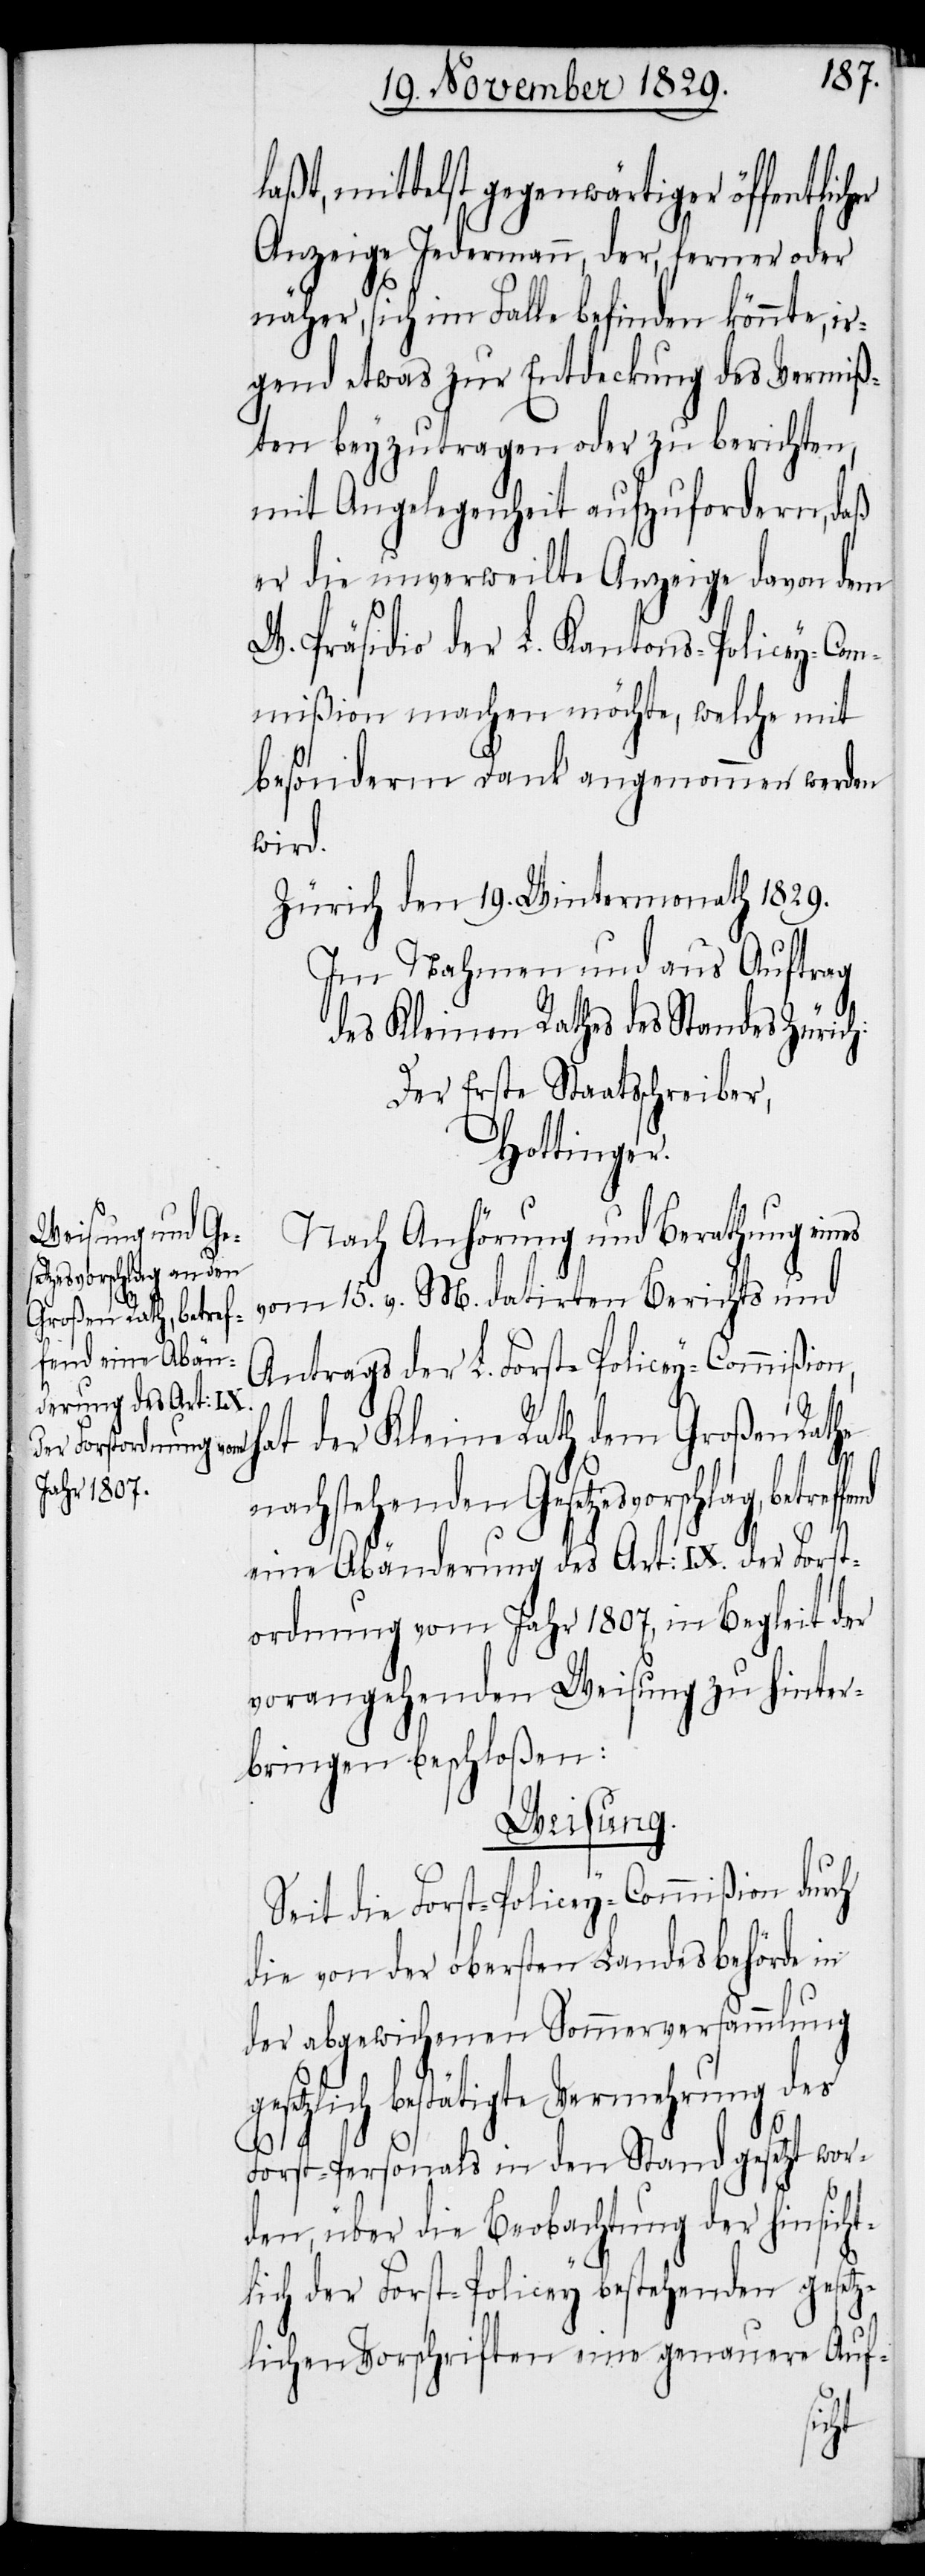
aßt, mittelst gegenwärtiger öffentlic¬
Anzeige Jedermann, der, ferner oder
näher, sich im Falle befinden könnte, ir¬
gend etwas zur Entdeckung des Vermiß¬
ten beyzutragen oder zu berichten,
mit Angelegenheit aufzufordern, daß
er die unverweilte Anzeige davon dem
W. Präsidio der L. Kantons-Policey-Com¬
mißion machen möchte, welche mit
besonderm Dank angenommen werden
wird.
Zürich den 19. Wintermonath 1829.
Im Nahmen und aus Auftrag
des Kleinen Rathes des Standes Zürich:
Der Erste Staatsschreiber,
Hottinger.
Nach Anhörung und Berathung eines
l¬
vom 15. v. M. datirten Berichts und
Antrags der L. Forst-Policey-Commißi¬
on, hat der Kleine Rath dem Großen Rathe
nachstehenden Gesetzesvorschlag,
eine Abänderung des Art: IX. der Forst¬
ordnung vom Jahr 1807., in Begleit der
vorangehenden Weisung zu hinter¬
bringen beschloßen:
Weisung.
Seit die Forst-Policey-Commißion durch
die von der obersten Landesbehörde in
der abgewichenen Sommerversammlung
gesetzlich bestätigte Vermehrung des
Forst-Personals in den Stand gesetzt wor¬
den, über die Beobachtung der hinsicht¬
lich der Forst-Policey bestehenden gesetz¬
lichen Vorschriften eine genauere Auf-
her